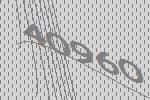
40960